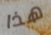
هذا